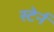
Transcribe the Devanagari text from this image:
स्टेर्न